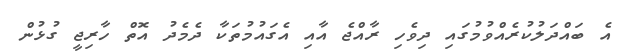
އެ ބައްދަލުކުރެއްވުމުގައި ދިވެހި ރާއްޖެ އާއި އެގައުމުތަކާ ދެމެދު އޮތް ހާރިޖީ ގުޅުން